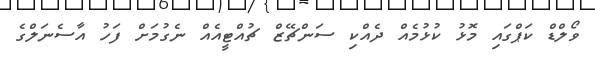
ވޯލްޑް ކަޕްގައި މޮޅު ކުޅުމެއް ދެއްކި ސަންޗޭޒް ޗުއްޓީއެއް ނެގުމަށް ފަހު އާސެނަލްގެ